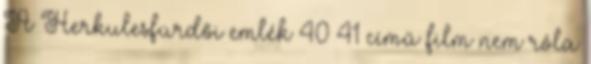
A Herkulesfürdői emlék 40 41 című film nem róla